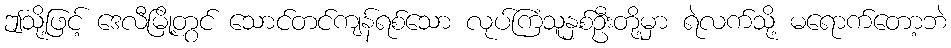
ဤသို့ဖြင့် ဒေလီမြို့တွင် သောင်တင်ကျန်ရစ်သော လုပ်ကြံသူနှစ်ဦးတို့မှာ ရဲလက်သို့ မရောက်တော့ဘဲ